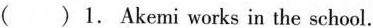
()1. Akemi works in the school.